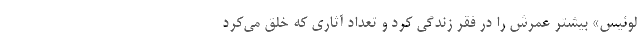
لوئیس»‌ بیشتر عمرش را در فقر زندگی کرد و تعداد آثاری که خلق می‌کرد